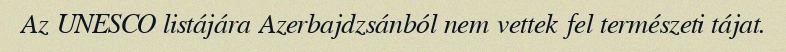
Az UNESCO listájára Azerbajdzsánból nem vettek fel természeti tájat.